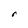
Character: r